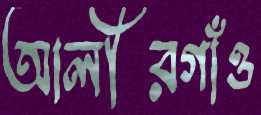
আলীরগাঁও